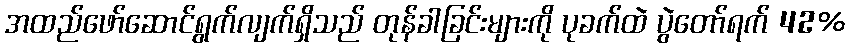
အထည်ဖော်ဆောင်ရွက်လျက်ရှိသည် တုန်ခါခြင်းများကို ပုခက်ထဲ ပွဲတော်ရက် 42%